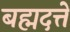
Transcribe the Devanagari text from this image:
बह्मदत्ते